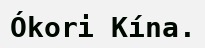
Ókori Kína.